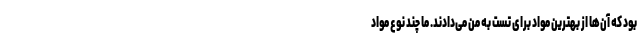
بود که آن‌ها از بهترین مواد برای تست به من می‌دادند. ما چند نوع مواد